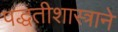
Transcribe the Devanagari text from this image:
पद्धतीशास्त्राने